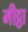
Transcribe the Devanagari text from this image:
मीट्ठा